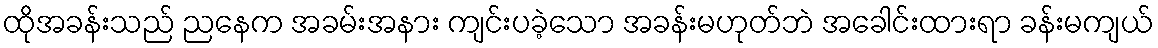
ထိုအခန်းသည် ညနေက အခမ်းအနား ကျင်းပခဲ့သော အခန်းမဟုတ်ဘဲ အခေါင်းထားရာ ခန်းမကျယ်